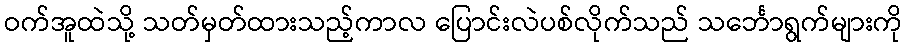
ဝက်အူထဲသို့ သတ်မှတ်ထားသည့်ကာလ ပြောင်းလဲပစ်လိုက်သည် သင်္ဘောရွက်များကို